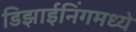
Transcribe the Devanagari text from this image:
डिझाईनिंगमध्ये